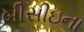
બીસીઇના